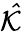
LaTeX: \mathcal{\hat{K}}